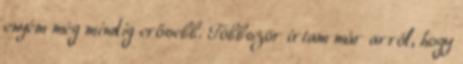
enyém még mindig erősebb. Többször írtam már arról, hogy